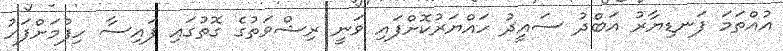
އުއްތަމަ ފަނޑިޔާރު އަބްދު ސައީދު ހައްޔަރުކޮށްފައި ވަނީ ރިޝްވަތުގެ ގޮތުގައި ފައިސާ ހިފުމަށްފަހު